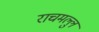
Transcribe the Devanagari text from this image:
राचमल्लु